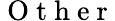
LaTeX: \mathrm{~O~t~h~e~r~}